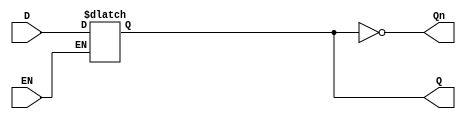
module GatedDLatch (
    input wire D,      // Data Input
    input wire EN,     // Enable Input
    output reg Q,      // Output
    output wire Qn     // Complement of Q
);

// Assign the complement of Q
assign Qn = ~Q;

// Always block to describe the behavior of the Gated D Latch
always @(*) begin
    if (EN) begin
        Q = D; // When EN is high, Q follows D
    end
    // When EN is low, Q retains its value (no assignment needed)
end

endmodule